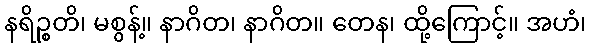
နရိဉ္စတိ၊ မစွန့်။ နာဂိတ၊ နာဂိတ။ တေန၊ ထို့ကြောင့်။ အဟံ၊